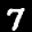
Label: 7